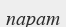
парат